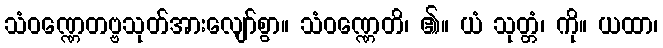
သံဝဏ္ဏေတဗ္ဗသုတ်အားလျော်စွာ။ သံဝဏ္ဏေတိ၊ ၏။ ယံ သုတ္တံ၊ ကို။ ယထာ၊